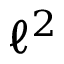
\ell ^ { 2 }